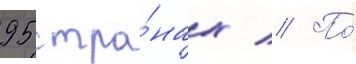
95 стра́нах // По́